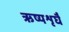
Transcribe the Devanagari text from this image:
ऋष्यशृर्घैं